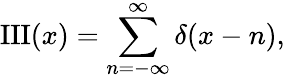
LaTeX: \operatorname{III}(x)=\sum_{n=-\infty}^{\infty}\delta(x-n),